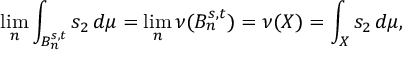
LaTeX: \operatorname* { l i m } _ { n } \int _ { B _ { n } ^ { s , t } } s _ { 2 } \, d \mu = \operatorname* { l i m } _ { n } \nu ( B _ { n } ^ { s , t } ) = \nu ( X ) = \int _ { X } s _ { 2 } \, d \mu ,